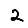
Digit: 2